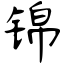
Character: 锦